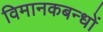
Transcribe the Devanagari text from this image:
विमानकबन्धों